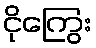
ငိုကြွေး